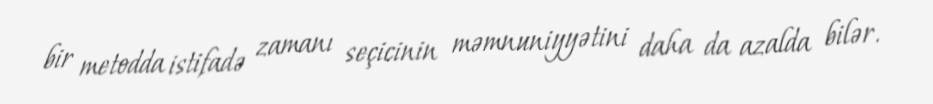
bir metodda istifadə zamanı seçicinin məmnuniyyətini daha da azalda bilər.